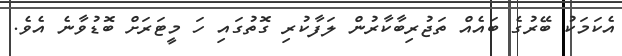
އެކަމަކު ބޭރުގެ ބައެއް ތަޖުރިބާކާރުން ލަފާކުރި ގޮތުގައި ހަ މީޓަރަށް ބޮޑުވާނެ އެވެ.